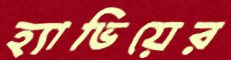
হ্যাভিয়ের